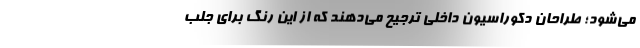
می‌شود؛ طراحان دکوراسیون داخلی ترجیح می‌دهند که از این رنگ برای جلب